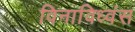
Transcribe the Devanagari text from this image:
विनाविध्वंस